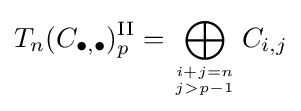
T_{n}(C_{\bullet ,\bullet })_{p}^{\textrm {II}}=\bigoplus _{i+j=n \atop j>p-1}C_{i,j}